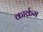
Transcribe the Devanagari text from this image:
कार्क्रम